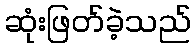
ဆုံးဖြတ်ခဲ့သည်